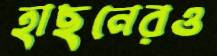
হাছনেরও